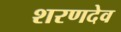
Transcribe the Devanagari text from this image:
शरणदेव